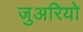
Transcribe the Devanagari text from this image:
जुअरियो